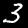
Label: 3